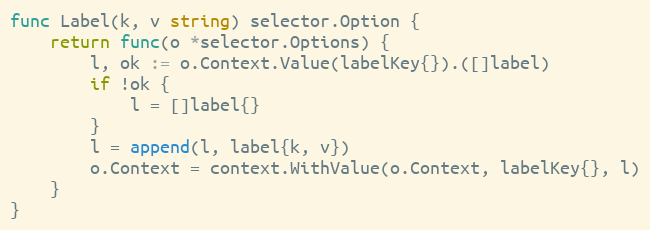
Language: Go
func Label(k, v string) selector.Option {
	return func(o *selector.Options) {
		l, ok := o.Context.Value(labelKey{}).([]label)
		if !ok {
			l = []label{}
		}
		l = append(l, label{k, v})
		o.Context = context.WithValue(o.Context, labelKey{}, l)
	}
}